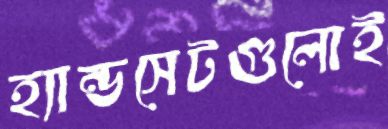
হ্যান্ডসেটগুলোই